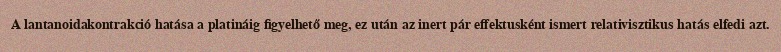
A lantanoidakontrakció hatása a platináig figyelhető meg, ez után az inert pár effektusként ismert relativisztikus hatás elfedi azt.